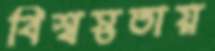
বিশ্বস্ততায়